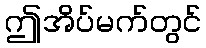
ဤအိပ်မက်တွင်